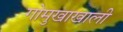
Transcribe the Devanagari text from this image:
गोमुखाखाली